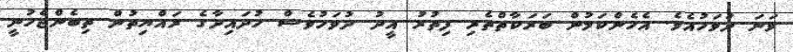
ވަނަ ދުވަހުއެވެ. އެހެންކަމުން ބަރަކާތްތެރި ފިތުރު އީދު ދުވަހުވެސް ހުދައިދާގެ ރައްޔިތުން ތިބެންޖެހުނީ